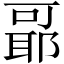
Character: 𬚞